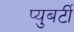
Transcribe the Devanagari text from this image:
प्युबर्टी